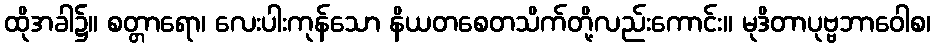
ထိုအခါ၌။ စတ္တာရော၊ လေးပါးကုန်သော နိယတစေတသိက်တို့လည်းကောင်း။ မုဒိတာပုဗ္ဗဘာဝေါစ၊